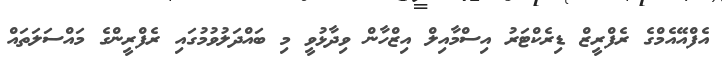
އެފްއޭއެމްގެ ރެފްރީޒް ޑިރެކްޓަރު އިސްމާއިލް އިޒްހާން ވިދާޅުވީ މި ބައްދަލުވުމުގައި ރެފްރީންގެ މައްސަލަތައް